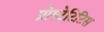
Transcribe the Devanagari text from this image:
प्रोस्टेटिटिस